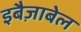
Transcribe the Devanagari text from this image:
इबैज़ाबेल